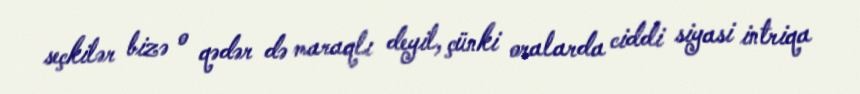
seçkilər bizə o qədər də maraqlı deyil, çünki oralarda ciddi siyasi intriqa